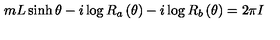
m L \sinh \theta - i \log R _ { a } \left( \theta \right) - i \log R _ { b } \left( \theta \right) = 2 \pi I